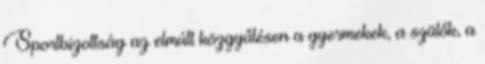
Sportbizottság az elmúlt közgyűlésen a gyermekek, a szülők, a